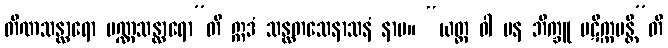
တိဏသန္ထာရော ပဏ္ဏသန္ထာရော”တိ ဣဒံ သန္ထတသေနာသနံ နာမ။ “ယတ္ထ ဝါ ပန ဘိက္ခူ ပဋိက္ကမန္တီ”တိ